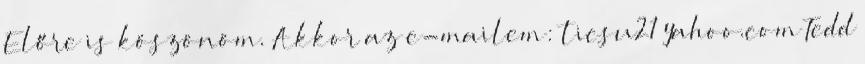
Előre is köszönöm. Akkor az e-mailem: ticsu21 yahoo.com Tedd